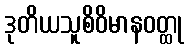
ဒုတိယသူစိဝိမာနဝတ္ထု